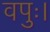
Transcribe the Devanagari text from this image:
वपुः।